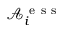
\mathcal { A } _ { i } ^ { \mathrm { ~ e ~ s ~ s ~ } }